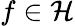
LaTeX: f\in\mathcal H